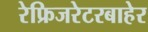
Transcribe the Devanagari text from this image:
रेफ्रिजरेटरबाहेर